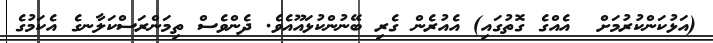
(އަޅުކަންކުރުމަށް  އެއްގެ ގޮތުގައި) އެއުރެން ގެރި ބޭނުންކުޅައޫއެވެ. ދެންވެސް ތިމަންރަސްކަލާނގެ އެކަމުގެ